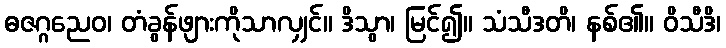
ဓဇဂ္ဂညေဝ၊ တံခွန်ဖျားကိုသာလျှင်။ ဒိသွာ၊ မြင်၍။ သံသီဒတိ၊ နစ်၏။ ဝိသီဒိ၊